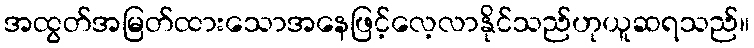
အထွတ်အမြတ်ထားသောအနေဖြင့်လေ့လာနိုင်သည်ဟုယူဆရသည်။